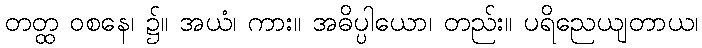
တတ္ထ ဝစနေ၊ ၌။ အယံ၊ ကား။ အဓိပ္ပါယော၊ တည်း။ ပရိညေယျတာယ၊